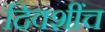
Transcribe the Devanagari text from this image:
दिवशींच